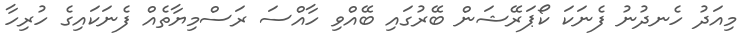
މިއަދު ހެނދުނު ފެނަކަ ކޯޕަރޭޝަން ބޭރުގައި ބޭއްވި ހާއްސަ ރަސްމިޔާތެއް ފެނަކައިގެ ހުރިހާ